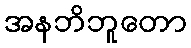
အနဘိဘူတော